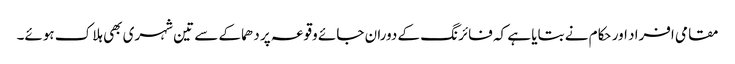
مقامی افراد اور حکام نے بتایا ہے کہ فائرنگ کے دوران جائے وقوعہ پر دھماکے سے تین شہری بھی ہلاک ہوئے۔